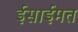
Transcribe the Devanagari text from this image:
ईसाईमत